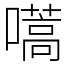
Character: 嚆